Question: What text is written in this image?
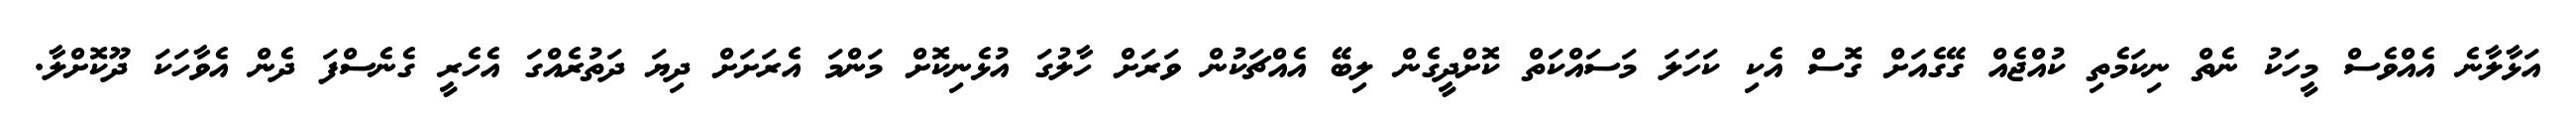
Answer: އަޅާލާނެ އެއްވެސް މީހަކު ނެތް ނިކަމެތި ކުއްޖެއް ގޭގެއަށް ގޮސް އެކި ކަހަލަ މަސައްކަތް ކޮށްދީގެން ލިބޭ އެއްޗަކުން ވަރަށް ހާލުގަ އުޅެނިކޮށް މަންމަ އެރަށަށް ދިޔަ ދަތުރެއްގަ އެހެރީ ގެނެސްފަ ދެން އެވާހަކަ ދޫކޮށްލާ.